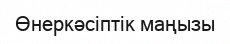
Өнеркәсіптік маңызы